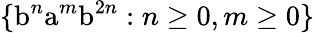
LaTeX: \{ {\mathrm{b}}^{n}{\mathrm{a}}^{m}{\mathrm{b}}^{2n}:n\geq 0,m\geq 0\}